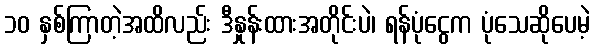
၁၀ နှစ်ကြာတဲ့အထိလည်း ဒီနှုန်းထားအတိုင်းပဲ၊ ရန်ပုံငွေက ပုံသေဆိုပေမဲ့